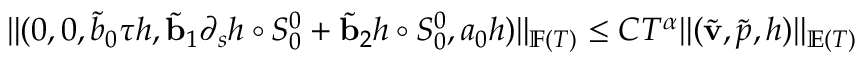
\begin{array} { r } { \| ( 0 , 0 , \tilde { b } _ { 0 } { \boldsymbol { \tau } } h , \tilde { \mathbf { b } } _ { 1 } \partial _ { s } h \circ S _ { 0 } ^ { 0 } + \tilde { \mathbf { b } } _ { 2 } h \circ S _ { 0 } ^ { 0 } , a _ { 0 } h ) \| _ { \mathbb { F } ( T ) } \leq C T ^ { \alpha } \| ( \tilde { \mathbf { v } } , \tilde { p } , h ) \| _ { \mathbb { E } ( T ) } } \end{array}